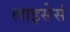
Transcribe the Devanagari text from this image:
लाइसेसं